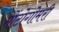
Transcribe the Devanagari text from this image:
मोंटोगोमरी